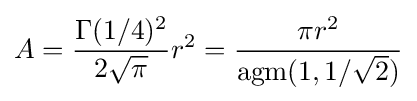
A={\frac {\Gamma (1/4)^{2}}{2{\sqrt {\pi }}}}r^{2}={\frac {\pi r^{2}}{\operatorname {agm} (1,1/{\sqrt {2}})}}